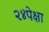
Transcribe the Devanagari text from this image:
२४पेक्षा